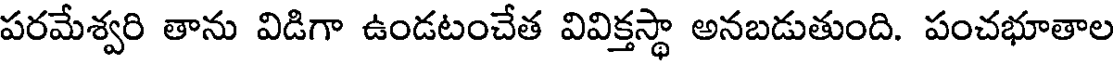
పరమేశ్వరి తాను విడిగా ఉండటంచేత వివిక్తస్థా అనబడుతుంది. పంచభూతాల